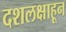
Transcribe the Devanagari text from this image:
दशलक्षाहून